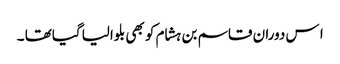
ا س دوران قاسم بن ہشام کو بھی بلوالیا گیاتھا ۔